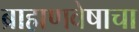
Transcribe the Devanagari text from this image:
ब्राह्मणवेषाचा